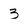
Character: 3